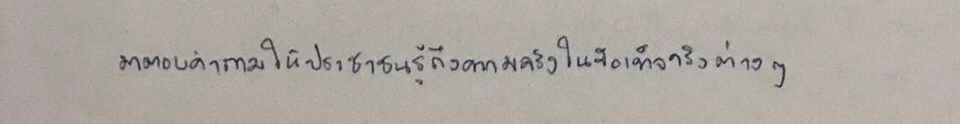
มาตอบคำถามให้ประชาชนรู้ถึงความจริงในข้อเท็จจริงต่างๆ